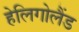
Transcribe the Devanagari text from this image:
हेलिगोलैंड